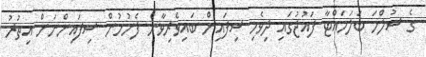
ގެ ސުލްހަ ބަލަހައްޓާ ފައުޖުގައި ދިވެހި ސިފައިން ބައިވެރިވާން ފެށުމުން ސިފައިންނަށް އިތުރު